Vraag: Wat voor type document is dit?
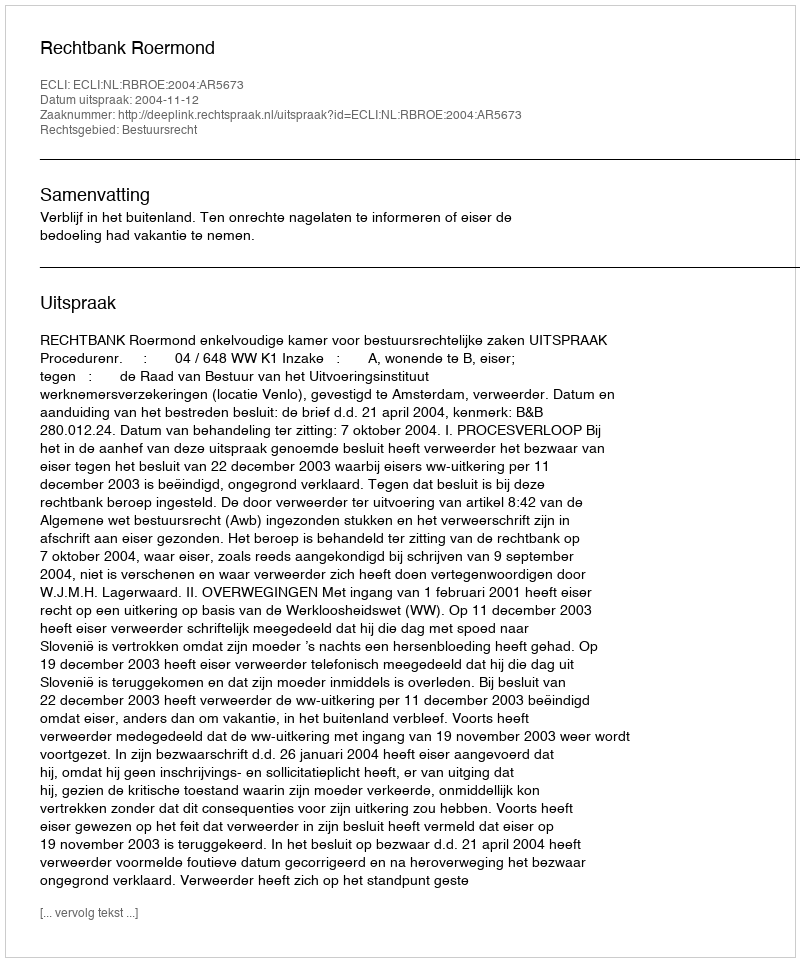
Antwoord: Uitspraak